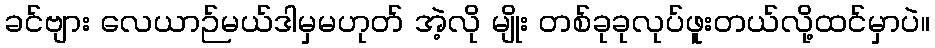
ခင်ဗျား လေယာဉ်မယ်ဒါမှမဟုတ် အဲ့လို မျိုး တစ်ခုခုလုပ်ဖူးတယ်လို့ထင်မှာပဲ။